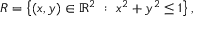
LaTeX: R = \left\{ ( x , y ) \in \mathbb { R } ^ { 2 } \ : \ x ^ { 2 } + y ^ { 2 } \leq 1 \right\} ,